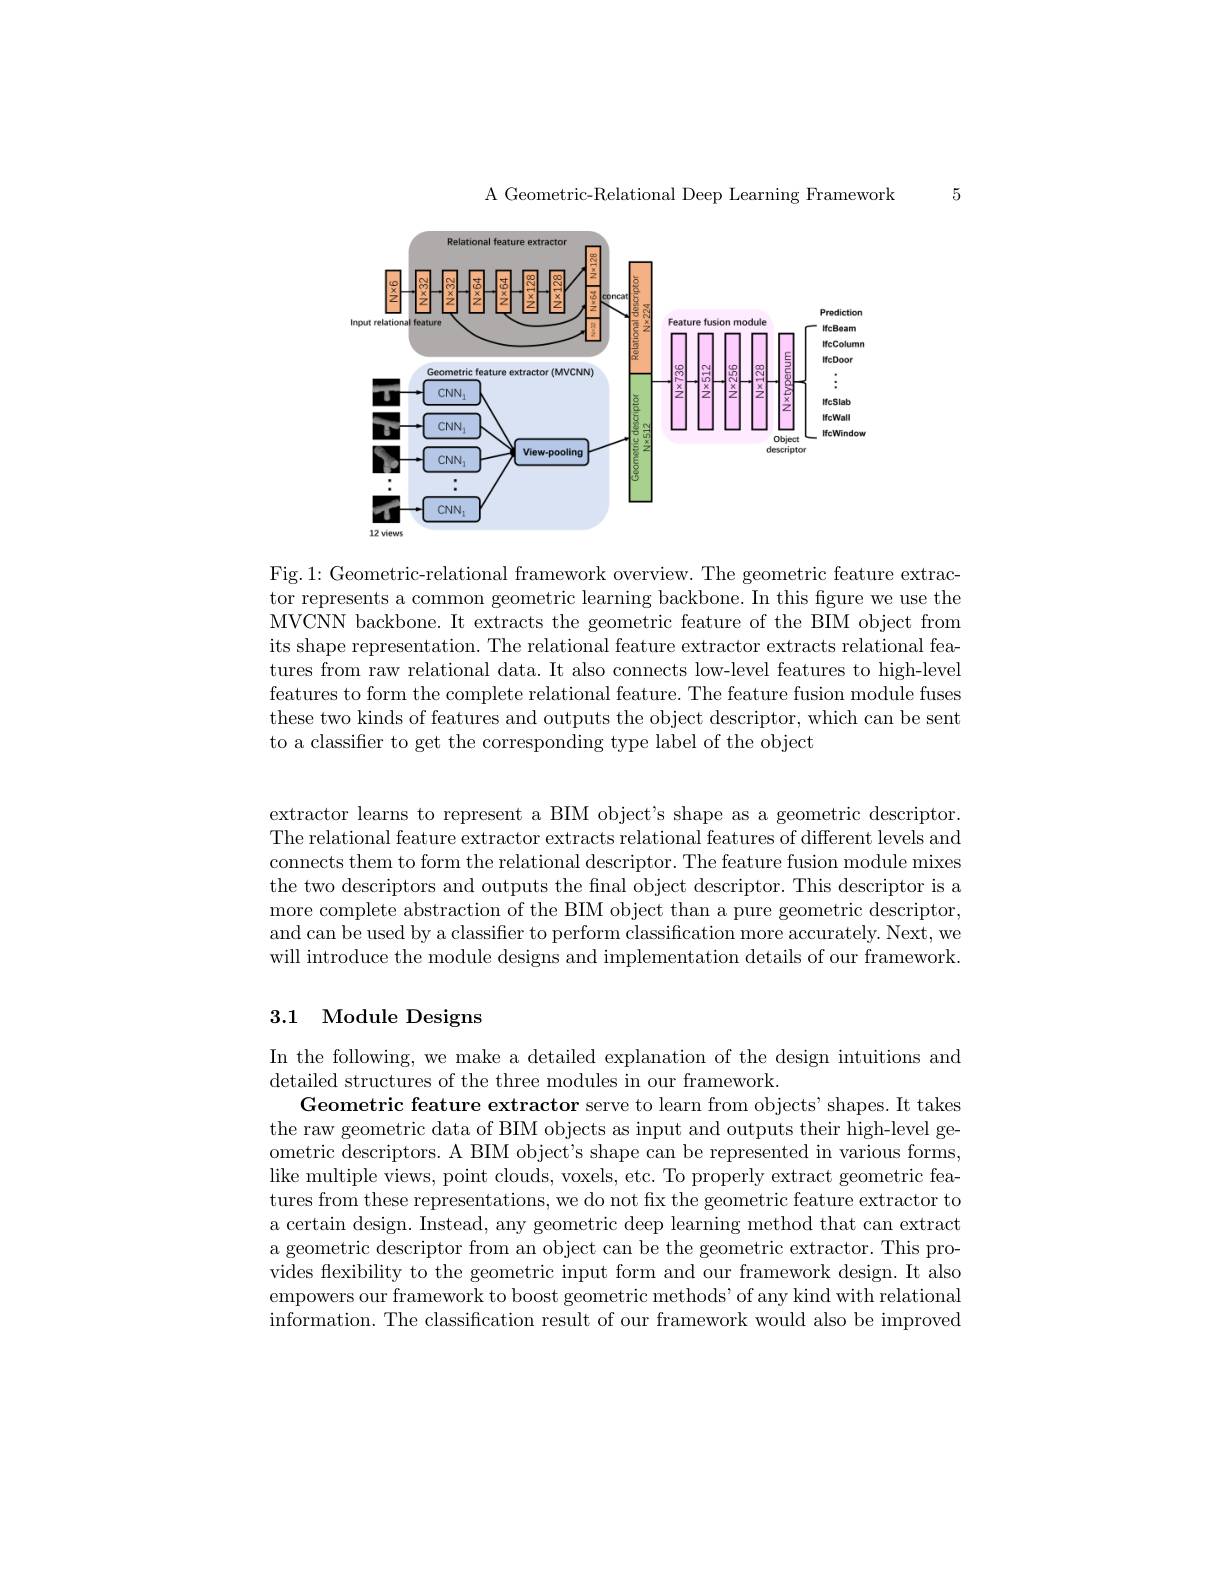
A Geometric-Relational Deep Learning Framework 5

<FigureHere>

Fig. 1: Geometric-relational framework overview. The geometric feature extractor represents a common geometric learning backbone. In this figure we use the MVCNN backbone. It extracts the geometric feature of the BIM object from its shape representation. The relational feature extractor extracts relational features from raw relational data. It also connects low-level features to high-level features to form the complete relational feature. The feature fusion module fuses these two kinds of features and outputs the object descriptor, which can be sent to a classifier to get the corresponding type label of the object

extractor learns to represent a BIM object's shape as a geometric descriptor. The relational feature extractor extracts relational features of different levels and connects them to form the relational descriptor. The feature fusion module mixes the two descriptors and outputs the final object descriptor. This descriptor is a more complete abstraction of the BIM object than a pure geometric descriptor, and can be used by a classifier to perform classification more accurately. Next, we will introduce the module designs and implementation details of our framework

# 3.1 Module Designs

In the following, we make a detailed explanation of the design intuitions and
detailed structures of the three modules in our framework.
Geometric feature extractor serve to learn from objects' shapes. It takes the raw geometric data of BIM objects as input and outputs their high-level geometric descriptors. A BIM object's shape can be represented in various forms, like multiple views, point clouds, voxels, etc. To properly extract geometric features from these representations, we do not fix the geometric feature extractor to a certain design. Instead, any geometric deep learning method that can extract a geometric descriptor from an object can be the geometric extractor. This provides flexibility to the geometric input form and our framework design. It also empowers our framework to boost geometric methods' of any kind with relational $\bar{\text{information. The classification result of our framework would also be improved}}$